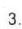
3.